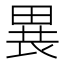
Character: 𤲐